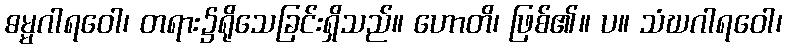
ဓမ္မဂါရဝေါ၊ တရား၌ရိုသေခြင်းရှိသည်။ ဟောတိ၊ ဖြစ်၏။ ပ။ သံဃဂါရဝေါ၊